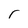
Character: r